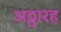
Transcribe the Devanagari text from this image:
अठ्ठारह